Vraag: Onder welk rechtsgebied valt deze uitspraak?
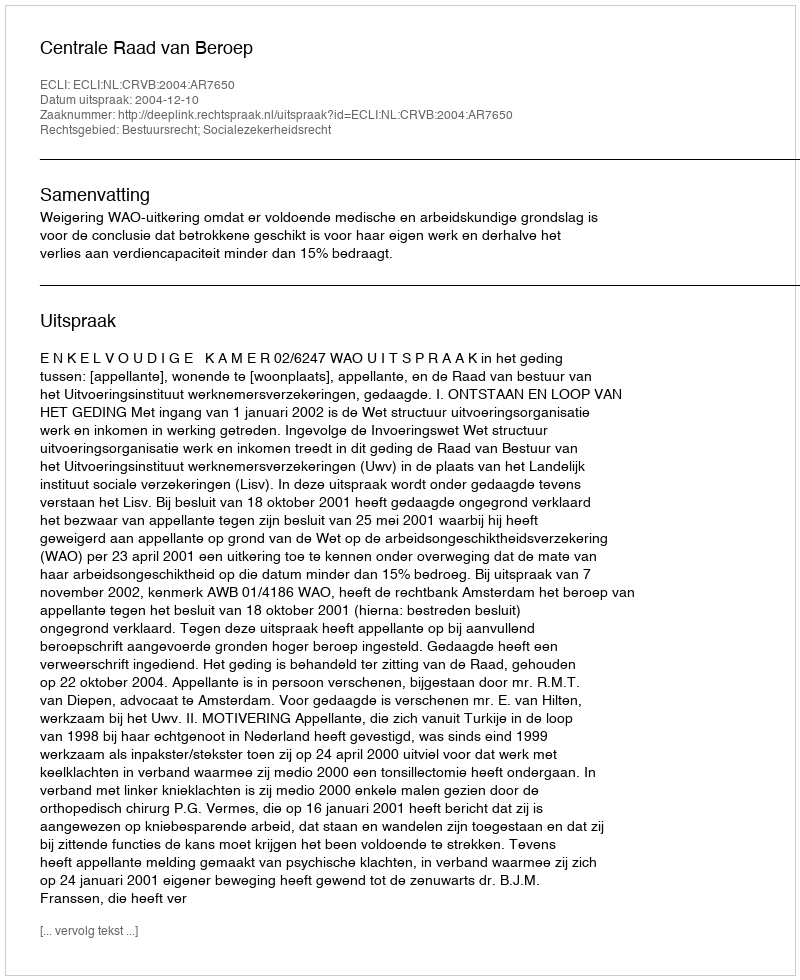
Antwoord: Bestuursrecht; Socialezekerheidsrecht